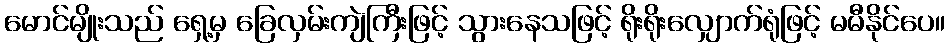
မောင်မျိုးသည် ရှေ့မှ ခြေလှမ်းကျဲကြီးဖြင့် သွားနေသဖြင့် ရိုးရိုးလျှောက်ရုံဖြင့် မမီနိုင်ပေ။